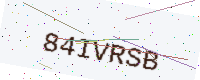
Text: 84IVRSB